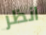
انظر